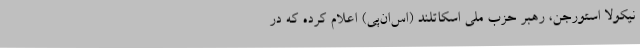
نیکولا استورجن، رهبر حزب ملی اسکاتلند (اس‌ان‌پی) اعلام کرده که در